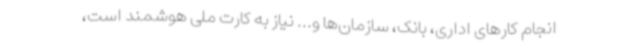
انجام کارهای اداری، بانک، سازمان‌ها و... نیاز به کارت ملی هوشمند است،